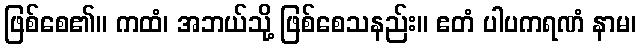
ဖြစ်စေ၏။ ကထံ၊ အဘယ်သို့ ဖြစ်စေသနည်း။ ဧတံ ပါပကရဏံ နာမ၊